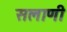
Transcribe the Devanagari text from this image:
सलाणी